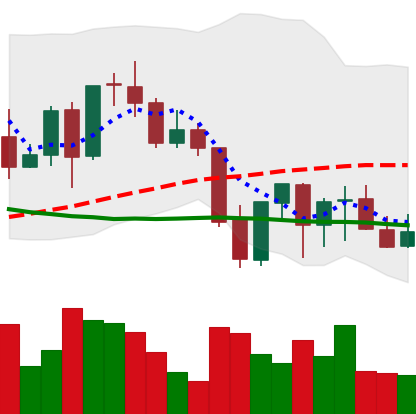
Ticker: LINK-USD
Chart end date: 2021-09-29
Forward return: 16.078%
Label: up_7plus